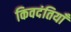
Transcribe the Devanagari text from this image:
किवदंतियाँ